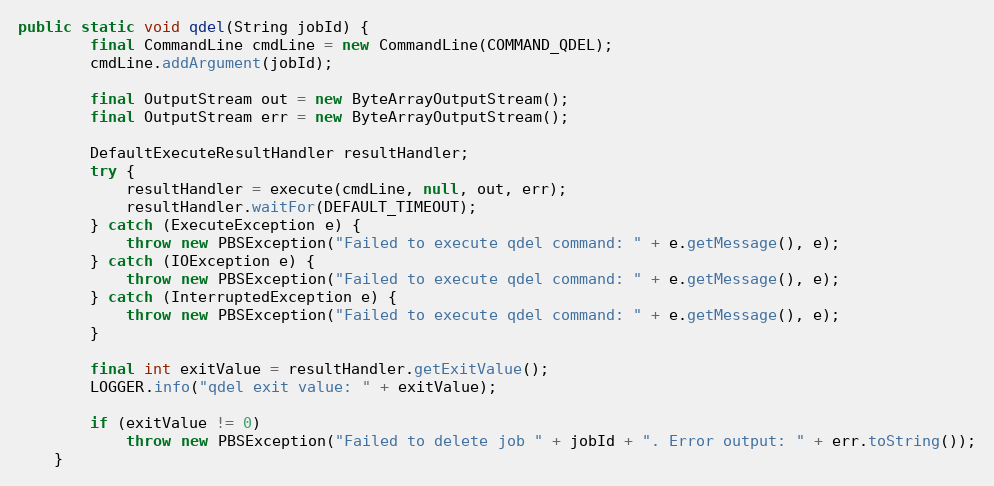
Language: Java
public static void qdel(String jobId) {
        final CommandLine cmdLine = new CommandLine(COMMAND_QDEL);
        cmdLine.addArgument(jobId);

        final OutputStream out = new ByteArrayOutputStream();
        final OutputStream err = new ByteArrayOutputStream();

        DefaultExecuteResultHandler resultHandler;
        try {
            resultHandler = execute(cmdLine, null, out, err);
            resultHandler.waitFor(DEFAULT_TIMEOUT);
        } catch (ExecuteException e) {
            throw new PBSException("Failed to execute qdel command: " + e.getMessage(), e);
        } catch (IOException e) {
            throw new PBSException("Failed to execute qdel command: " + e.getMessage(), e);
        } catch (InterruptedException e) {
            throw new PBSException("Failed to execute qdel command: " + e.getMessage(), e);
        }

        final int exitValue = resultHandler.getExitValue();
        LOGGER.info("qdel exit value: " + exitValue);

        if (exitValue != 0)
            throw new PBSException("Failed to delete job " + jobId + ". Error output: " + err.toString());
    }